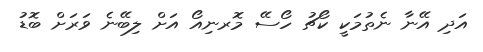
އަދި އޭނާ ނެތުމަކީ ކޯޗު ހޯސޭ މޮރނިއޯ އަށް ލިބޭނެ ވަރަށް ބޮޑު